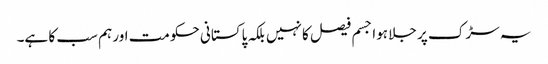
یہ سڑک پر جلا ہوا جسم فیصل کا نہیں بلکہ پاکستانی حکومت اور ہم سب کا ہے۔